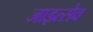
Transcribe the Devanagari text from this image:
जाइत्सेव